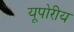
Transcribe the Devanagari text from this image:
यूपोरीय